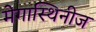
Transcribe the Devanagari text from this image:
मेगास्थिनीज